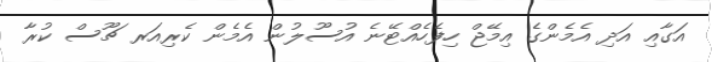
އަގާއި އަދި އެމެންގެ އިމޭޖް ހިފެހެއްޓޭނެ އުސޫލުން އެމެން ކެރިއަރ ޗޫސް ކުރާ